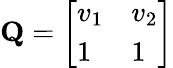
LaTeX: \begin{array}{r}{\mathbf{Q}=\left[\begin{array}{ll}{v_{1}}&{v_{2}}\\ {1}&{1}\end{array}\right]}\end{array}